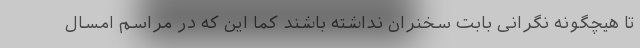
تا هیچگونه نگرانی بابت سخنران نداشته باشند کما این که در مراسم امسال